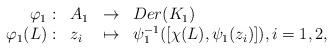
LaTeX: \begin{align*}\begin{array}{rllll}\varphi_1: &A_1 &\rightarrow& Der(K_1)\\\varphi_1(L): &z_i &\mapsto& \psi_1^{-1} ( [\chi(L), \psi_1(z_i)]), i=1,2,\end{array}\end{align*}